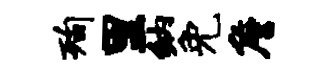
洵里纳免詹